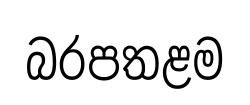
බරපතළම